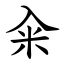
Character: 籴